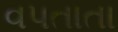
વપતાતા